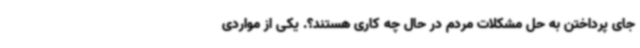
جای پرداختن به حل مشکلات مردم در حال چه کاری هستند؟. یکی از مواردی